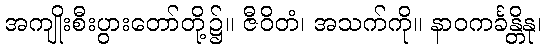
အကျိုးစီးပွားတော်တို့၌။ ဇီဝိတံ၊ အသက်ကို။ နာဝကင်္ခန္တိနု၊